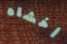
أخشاه